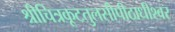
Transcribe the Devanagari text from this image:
श्रीचित्रकूटतुलसीपीठाधीश्वर